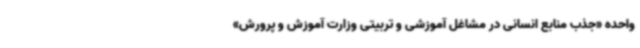
واحده «جذب منابع انسانی در مشاغل آموزشی و تربیتی وزارت آموزش و پرورش»